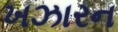
ખઝારન